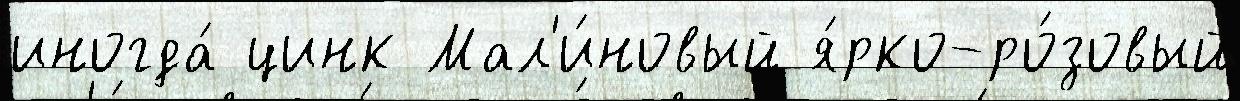
иногда́ цинк Мал'и́новый я́рко-ро́зовый